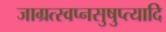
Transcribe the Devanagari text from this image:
जाग्रत्स्वप्नसुषुप्त्यादि